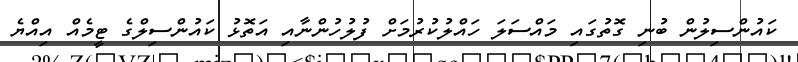
ކައުންސިލުން ބުނި ގޮތުގައި މައްސަލަ ހައްލުކުރުމަށް ފުލުހުންނާއި އަތޮޅު ކައުންސިލްގެ ޓީމެއް އިއްޔެ